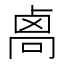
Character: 𠨄